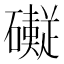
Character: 𱵂